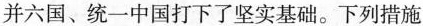
并六国、统一中国打下了坚实基础。下列措施